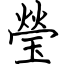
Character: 瑩